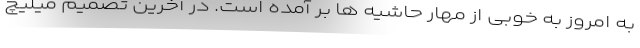
به امروز به خوبی از مهار حاشیه ها بر آمده است. در آخرین تصمیم میلیچ